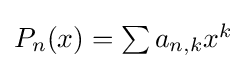
{\textstyle P_{n}(x)=\sum a_{n,k}x^{k}}